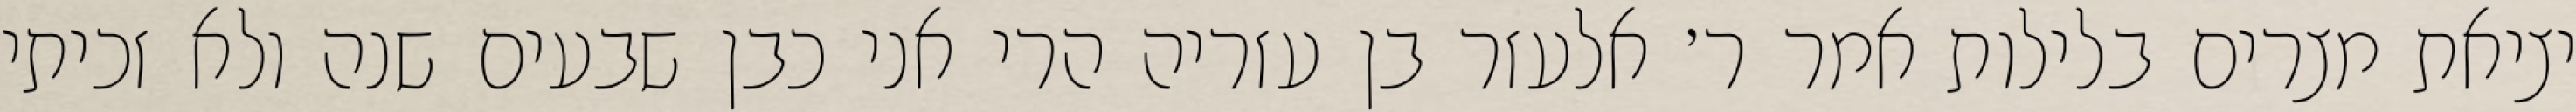
יציאת מצרים בלילות אמר ר׳ אלעזר בן עזריה הרי אני כבן שבעים שנה ולא זכיתי